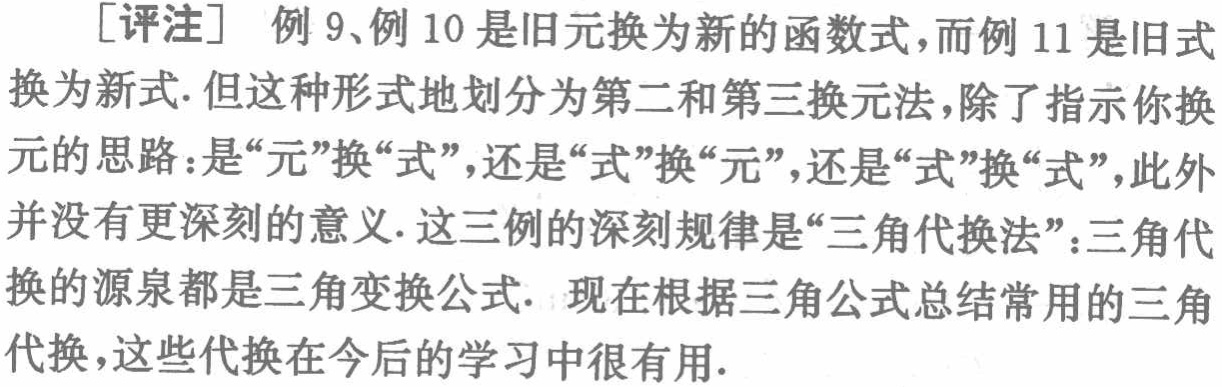
[评注] 例 9、例 10 是旧元换为新的函数式，而例 11 是旧式换为新式. 但这种形式地划分为第二和第三换元法，除了指示你换元的思路：是“元”换“式”，还是“式”换“元”，还是“式”换“式”，此外并没有更深刻的意义. 这三例的深刻规律是“三角代换法”：三角代换的源泉都是三角变换公式. 现在根据三角公式总结常用的三角代换，这些代换在今后的学习中很有用.